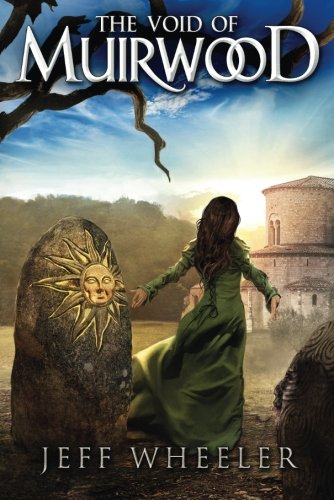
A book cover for The Void of Muirwood (Covenant of Muirwood); Jeff Wheeler; Science Fiction & Fantasy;